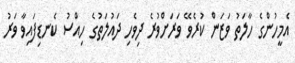
އެމީހުންގެ ހާލަތު ވަޒަން ކުރެވޭ ވަރަށްވުރެ ދިވެހި ދައުލަތުގެ ހިއްސު ކެނޑިފައިވާ ވަރު